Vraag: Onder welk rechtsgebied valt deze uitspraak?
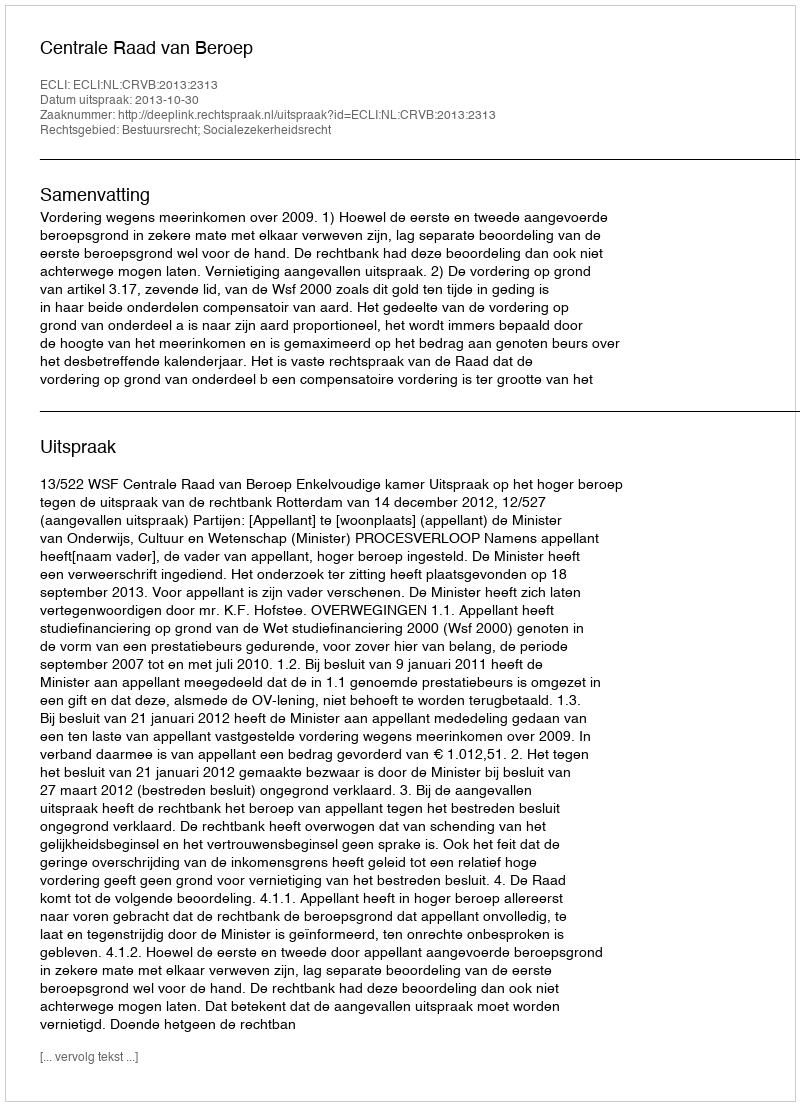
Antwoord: Bestuursrecht; Socialezekerheidsrecht